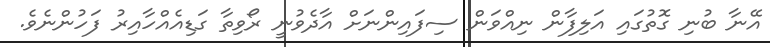
އޭނާ ބުނި ގޮތުގައި އަލިފާން ނިއްވަން ސިފައިންނަށް އާދެވުނީ ރޯވިތާ ގަޑިއެއްހާއިރު ފަހުންނެވެ.